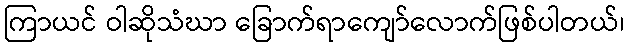
ကြာယင် ဝါဆိုသံဃာ ခြောက်ရာကျော်လောက်ဖြစ်ပါတယ်၊